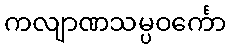
ကလျာဏသမ္ပဝင်္ကော